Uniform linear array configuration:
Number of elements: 8
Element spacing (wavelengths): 0.75
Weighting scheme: cosine
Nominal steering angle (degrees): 0
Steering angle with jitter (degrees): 1.586
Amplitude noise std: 0.05
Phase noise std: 0.05

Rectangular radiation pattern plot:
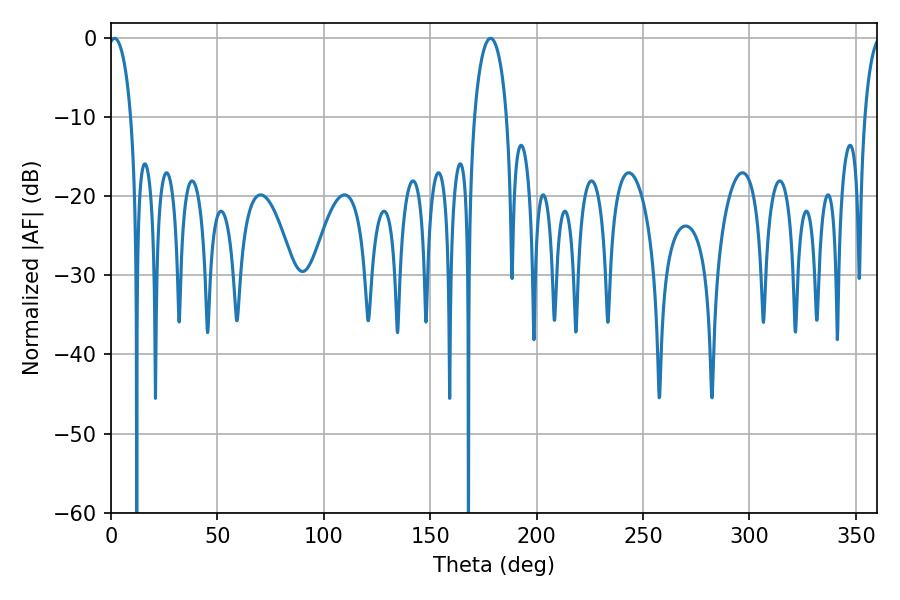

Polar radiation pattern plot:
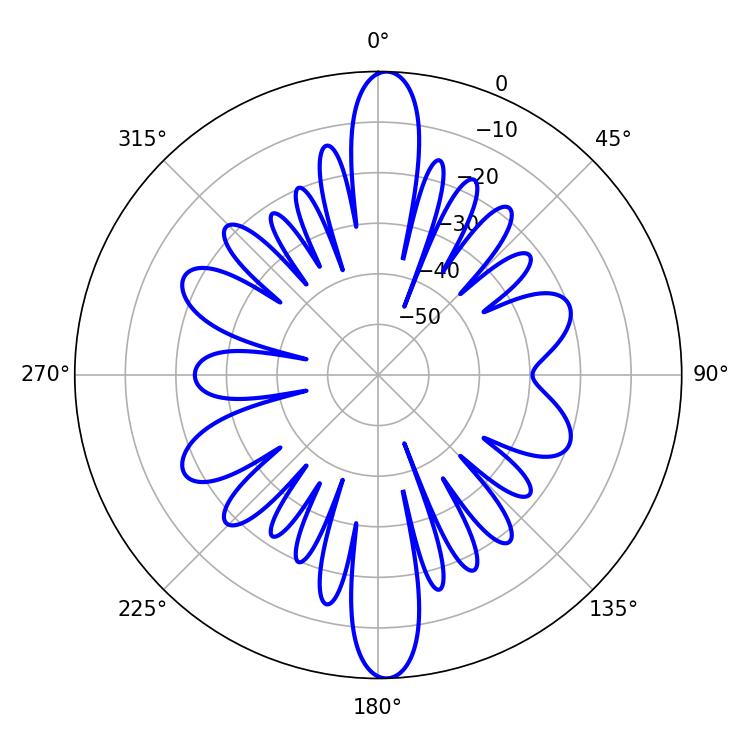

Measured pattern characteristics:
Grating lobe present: TRUE
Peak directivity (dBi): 24.739
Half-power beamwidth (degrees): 6.12
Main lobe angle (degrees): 1.62